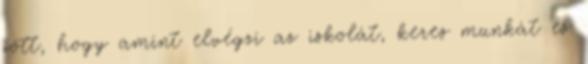
jött, hogy amint elvégzi az iskolát, keres munkát és